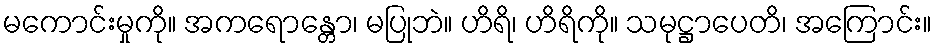
မကောင်းမှုကို။ အကရောန္တော၊ မပြုဘဲ။ ဟိရိ၊ ဟိရိကို။ သမုဋ္ဌာပေတိ၊ အကြောင်း။